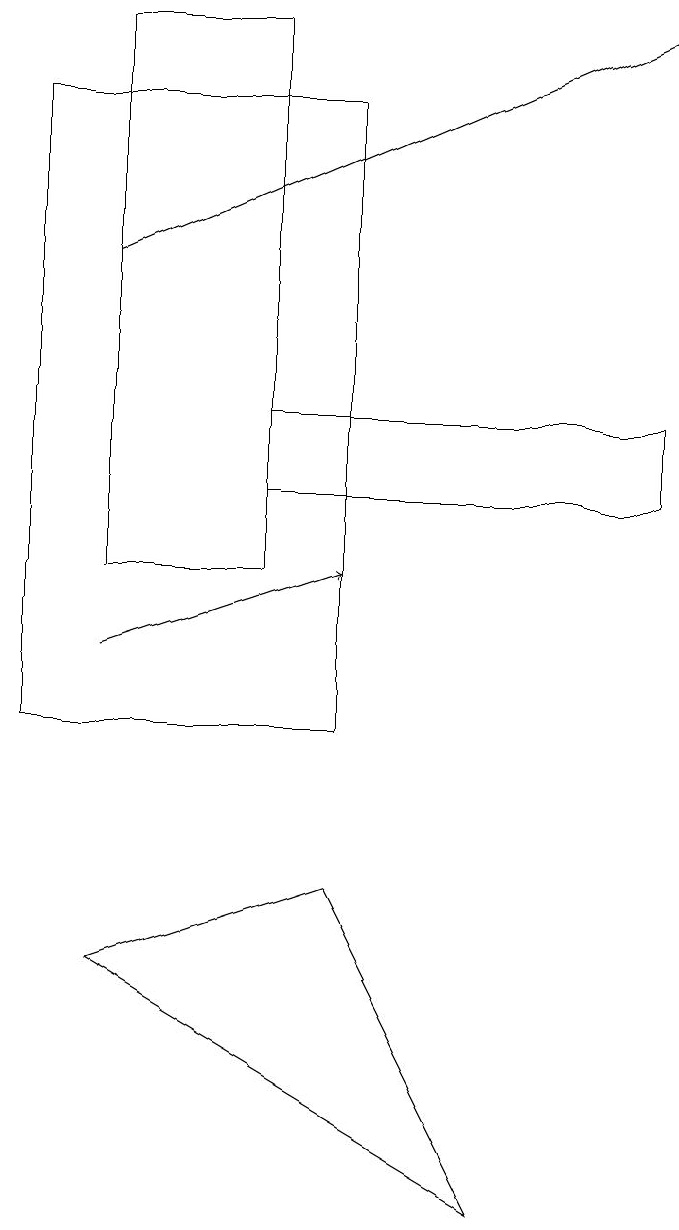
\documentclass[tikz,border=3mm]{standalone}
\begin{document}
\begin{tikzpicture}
\draw (1,7) -- (4,8) -- (6,4) -- cycle;
\draw[->] (1,11) -- (4,12);
\draw (4,10) rectangle (0,18);
\draw (3,14) rectangle (8,13);
\draw[->] (1,16) -- (8,19);
\draw (3,19) rectangle (1,12);
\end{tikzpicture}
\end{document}